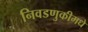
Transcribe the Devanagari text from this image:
निवडणुकीमधे